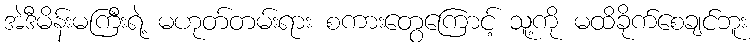
အဲဒီမိန်းမကြီးရဲ့ မဟုတ်တမ်းရား စကားတွေကြောင့် သူ့ကို မထိခိုက်စေချင်ဘူး